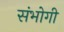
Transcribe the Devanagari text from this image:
संभोगी